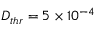
D _ { t h r } = 5 \times 1 0 ^ { - 4 }